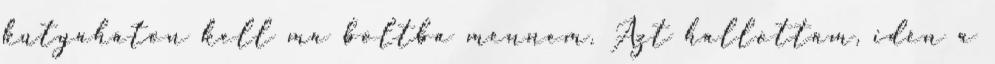
kutyaháton kell ma boltba mennem. Azt hallottam, idén a